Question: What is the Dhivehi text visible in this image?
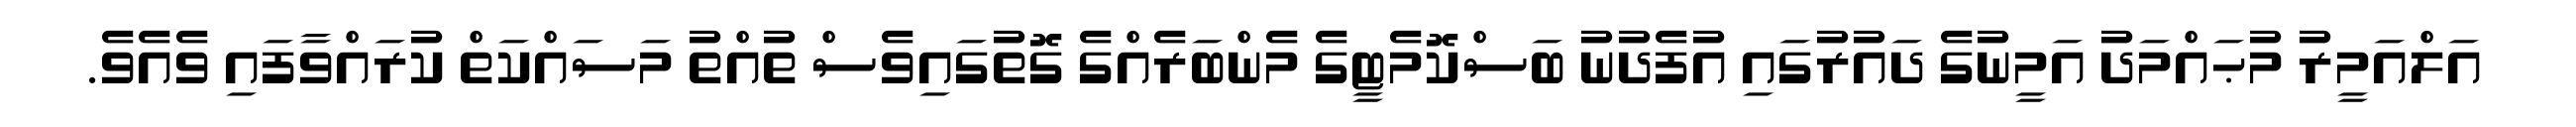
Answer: އަލްއަމީރު މުޙައްމަދު އަމީނުގެ ދައުރުގައި އުފެދުނު ބަސްކޮމެޓީގެ މެންބަރެއްގެ ގޮތުގައިވެސް ތުއްތު މަސައްކަތް ކުރައްވާފައި ވެއެވެ.